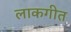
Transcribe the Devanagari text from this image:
लाकगीत